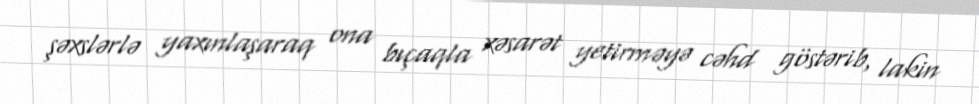
şəxslərlə yaxınlaşaraq ona bıçaqla xəsarət yetirməyə cəhd göstərib, lakin